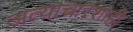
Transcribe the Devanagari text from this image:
अत्याचारशाही